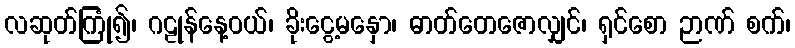
လဆုတ်ကြုံ၍၊ ဂဠုန်နေ့ဝယ်၊ ခိုးငွေ့မနှော၊ ဓာတ်တေဇောလျှင်၊ ရှင်စော ဉာဏ် စက်၊